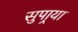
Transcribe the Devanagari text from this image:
सुपार्‍या